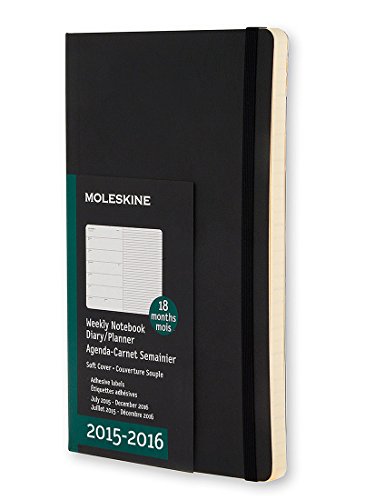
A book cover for Moleskine 2015-2016 Weekly Notebook, 18M, Large, Black, Soft Cover (5 x 8.25); Moleskine; Calendars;